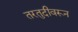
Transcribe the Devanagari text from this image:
तरतुदीवरून